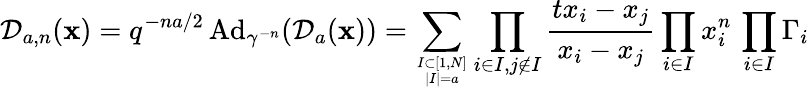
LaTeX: \mathcal D_{a,n}(\mathbf x)=q^{-na/2}\, \mathrm{Ad}_{\gamma^{-n}}(\mathcal D_{a}(\mathbf x))=\sum_{I\subset[1,N]\atop|I|=a}\prod_{i\in I,j\not\in I}\frac{tx_{i}-x_{j}}{x_{i}-x_{j}}\prod_{i\in I}x_{i}^{n}\, \prod_{i\in I}\Gamma_{i}